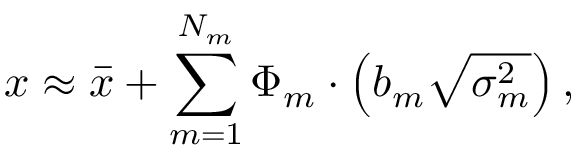
\boldsymbol { x } \approx \boldsymbol { \overbar { x } } + \sum _ { m = 1 } ^ { N _ { m } } \boldsymbol { \Phi } _ { m } \cdot \left( \boldsymbol { b } _ { m } \sqrt { \boldsymbol { \sigma } _ { m } ^ { 2 } } \right) ,